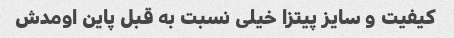
کیفیت و سایز پیتزا خیلى نسبت به قبل پاین اومدش